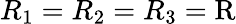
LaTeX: R_{1}=R_{2}=R_{3}=\mathrm{R}